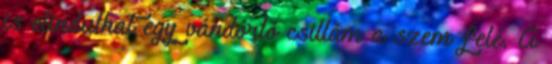
is elindulhat egy vándorló csillám a szem felé. A